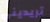
تريديني